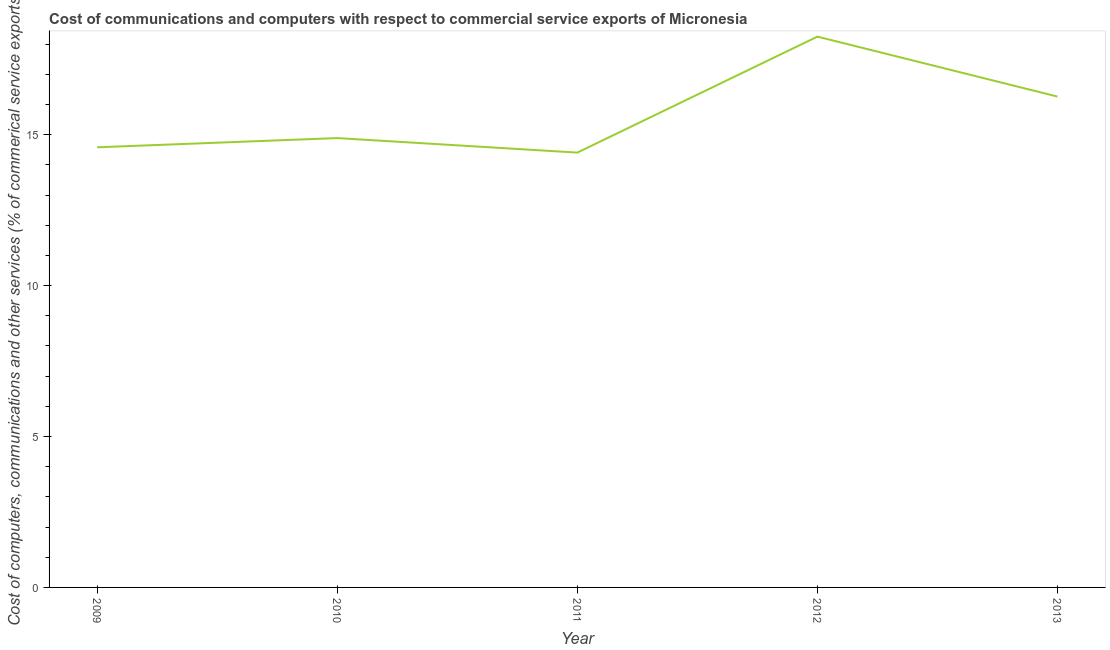
| Year | Computer |
 | --- | --- |
 | 2009 | 14.6 |
 | 2010 | 14.9 |
 | 2011 | 14.4 |
 | 2012 | 18.2 |
 | 2013 | 16.3 |